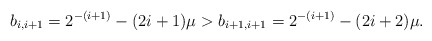
\begin{align*}b_{i,i+1} = 2^{-(i + 1)} - (2i + 1)\mu >b_{i+1,i+1} = 2^{-(i + 1)} - (2i + 2)\mu.\end{align*}